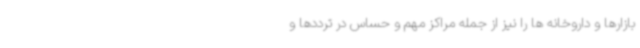
بازارها و داروخانه ها را نیز از جمله مراکز مهم و حساس در ترددها و